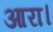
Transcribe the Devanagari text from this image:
आरा।